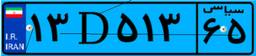
۱۳D۵۱۳۶۵